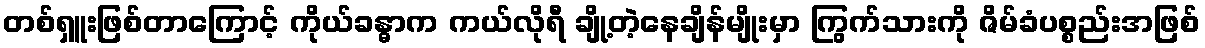
တစ်ရှူးဖြစ်တာကြောင့် ကိုယ်ခန္ဓာက ကယ်လိုရီ ချို့တဲ့နေချိန်မျိုးမှာ ကြွက်သားကို ဇိမ်ခံပစ္စည်းအဖြစ်